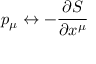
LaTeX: p _ { \mu } \leftrightarrow - { \frac { \partial S } { \partial x ^ { \mu } } }